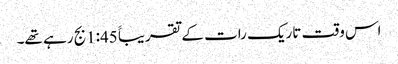
اس وقت تاریک رات کے تقریباََ 1:45بج رہے تھے۔